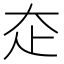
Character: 𡗱